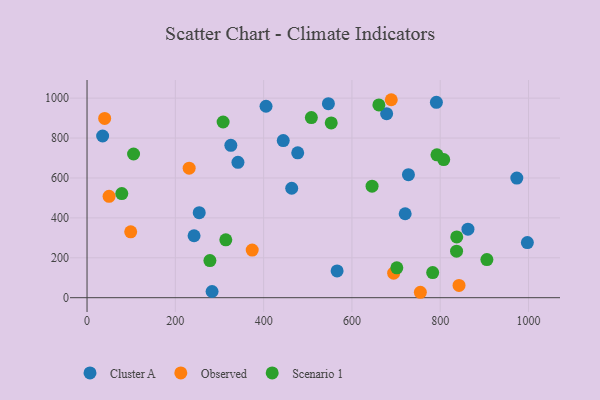
{"axis": {"x": "Speed", "y": "Demand"}, "legend": ["Cluster A", "Observed", "Scenario 1"], "data": [{"x": "728.0", "y": 616.3, "type": "Cluster A"}, {"x": "463.6", "y": 548.5, "type": "Cluster A"}, {"x": "477.2", "y": 726.0, "type": "Cluster A"}, {"x": "325.7", "y": 763.7, "type": "Cluster A"}, {"x": "678.6", "y": 922.3, "type": "Cluster A"}, {"x": "405.4", "y": 959.3, "type": "Cluster A"}, {"x": "566.4", "y": 134.0, "type": "Cluster A"}, {"x": "341.8", "y": 678.2, "type": "Cluster A"}, {"x": "546.7", "y": 972.2, "type": "Cluster A"}, {"x": "720.6", "y": 420.6, "type": "Cluster A"}, {"x": "35.3", "y": 810.3, "type": "Cluster A"}, {"x": "973.5", "y": 599.4, "type": "Cluster A"}, {"x": "444.4", "y": 787.3, "type": "Cluster A"}, {"x": "283.2", "y": 31.1, "type": "Cluster A"}, {"x": "254.1", "y": 426.0, "type": "Cluster A"}, {"x": "997.4", "y": 276.3, "type": "Cluster A"}, {"x": "862.8", "y": 343.5, "type": "Cluster A"}, {"x": "242.4", "y": 310.4, "type": "Cluster A"}, {"x": "791.3", "y": 979.0, "type": "Cluster A"}, {"x": "374.1", "y": 238.7, "type": "Observed"}, {"x": "49.9", "y": 508.0, "type": "Observed"}, {"x": "689.1", "y": 992.1, "type": "Observed"}, {"x": "39.9", "y": 898.5, "type": "Observed"}, {"x": "231.3", "y": 649.2, "type": "Observed"}, {"x": "755.0", "y": 27.2, "type": "Observed"}, {"x": "98.9", "y": 330.1, "type": "Observed"}, {"x": "842.6", "y": 61.7, "type": "Observed"}, {"x": "694.5", "y": 123.0, "type": "Observed"}, {"x": "78.7", "y": 522.0, "type": "Scenario 1"}, {"x": "837.4", "y": 304.7, "type": "Scenario 1"}, {"x": "661.0", "y": 966.0, "type": "Scenario 1"}, {"x": "701.7", "y": 149.9, "type": "Scenario 1"}, {"x": "905.7", "y": 191.3, "type": "Scenario 1"}, {"x": "105.4", "y": 720.1, "type": "Scenario 1"}, {"x": "553.1", "y": 875.7, "type": "Scenario 1"}, {"x": "645.6", "y": 558.7, "type": "Scenario 1"}, {"x": "508.1", "y": 902.6, "type": "Scenario 1"}, {"x": "314.3", "y": 289.8, "type": "Scenario 1"}, {"x": "807.9", "y": 692.1, "type": "Scenario 1"}, {"x": "782.9", "y": 126.0, "type": "Scenario 1"}, {"x": "278.3", "y": 186.3, "type": "Scenario 1"}, {"x": "792.6", "y": 715.8, "type": "Scenario 1"}, {"x": "308.2", "y": 880.4, "type": "Scenario 1"}, {"x": "837.0", "y": 233.2, "type": "Scenario 1"}]}